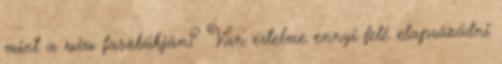
mint a wiw faszbúkján? Van értelme ennyi felé elaprózódni